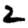
Digit: 2